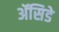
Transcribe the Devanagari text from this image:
ॲसिडे